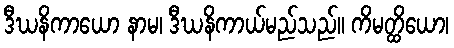
ဒီဃနိကာယော နာမ၊ ဒီဃနိကာယ်မည်သည်။ ကိမတ္ထိယော၊